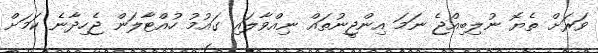
ވަރަށް ތެޔޮ ނުލިބިއްޖެ ނަމަ އިންޖީނުތައް ނިއްވާލައި ގައުމު ހުއްޓާލަން ޖެހިދާނެ ކަމަށް